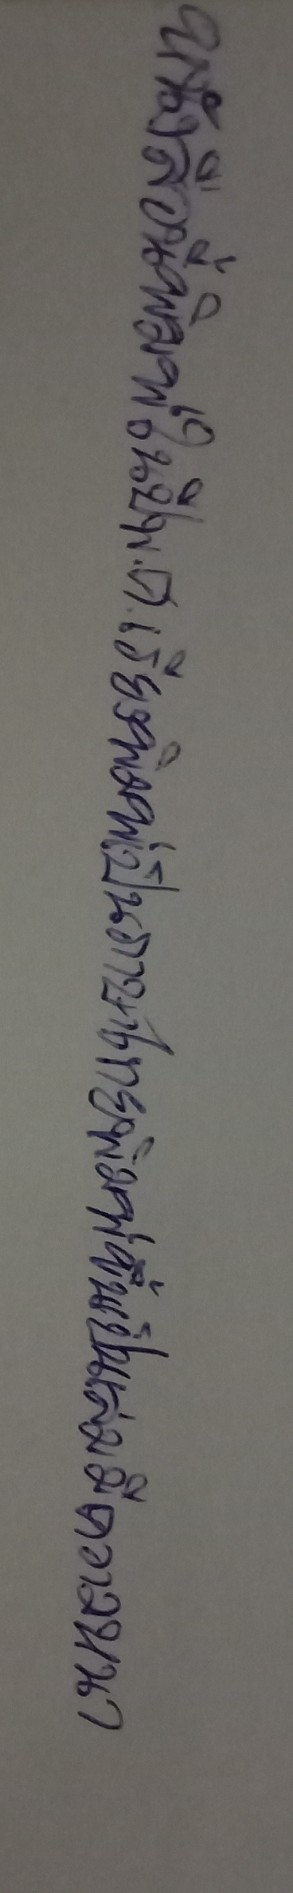
หนังสือนี้พิมพ์ในปีพ.ศ.เรียงพิมพ์เป็นภาษาไทยพิมพ์ขึ้นเป็นเล่มมีความหนา